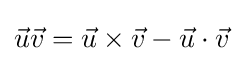
{\vec {u}}{\vec {v}}={\vec {u}}\times {\vec {v}}-{\vec {u}}\cdot {\vec {v}}